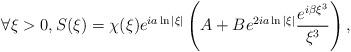
LaTeX: \begin{align*} \forall \xi >0, S(\xi)=\chi(\xi)e^{ia\ln|\xi|}\left(A + B e^{2ia\ln|\xi|}\frac{e^{i\beta \xi^3}}{\xi^3}\right),\end{align*}